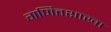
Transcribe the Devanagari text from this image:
गणितशाखा